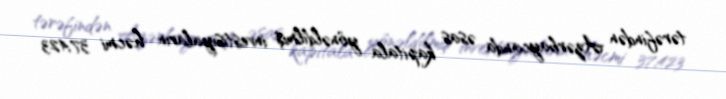
tərəfindən Azərbaycanda əsas kapitala yönəldilmiş investisiyaların həcmi 37,423